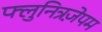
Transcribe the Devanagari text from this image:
फ्लुनित्रज़ेपम